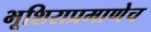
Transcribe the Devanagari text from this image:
भूशिराप्रमाणेच